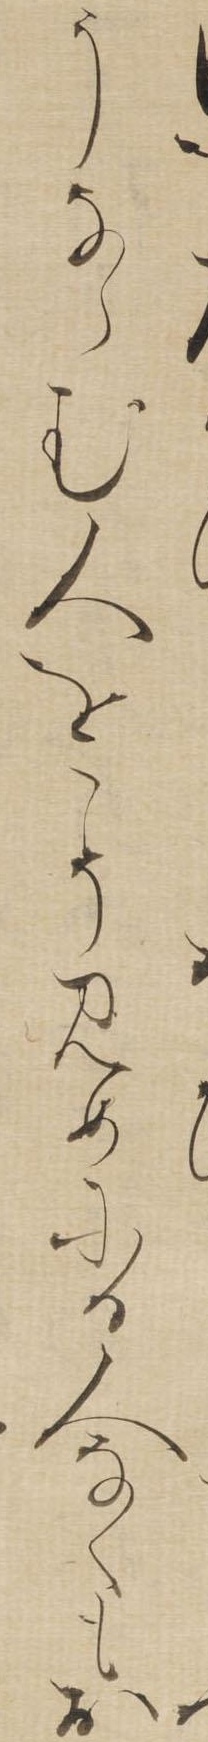
うならむ人をこそみめにる人なくもお